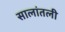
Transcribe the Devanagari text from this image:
सालांतली